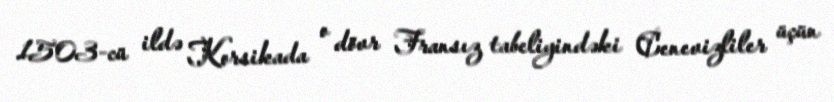
1503-cü ildə Korsikada o dövr Fransız tabeliyindəki Cenevizliler üçün